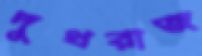
দুধরাজ